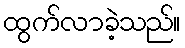
ထွက်လာခဲ့သည်။